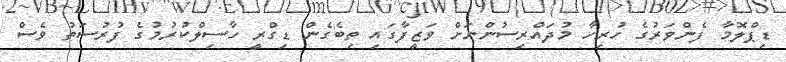
ޑިޕްލޮމާ ފެންވަރުގެ ހުރިހާ މުދައްރިސުންނަށް ވަޒީފާގައި ތިބެގެން ޑިގްރީ ހާސިލްކުރުމުގެ ފުރުސަތު ވެސް